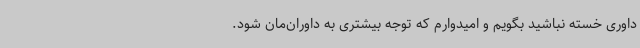
داوری خسته نباشید بگویم و امیدوارم که توجه بیشتری به داوران‌مان شود.